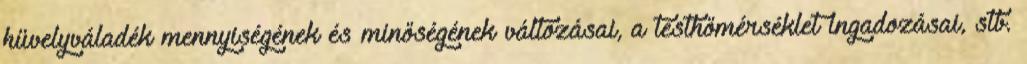
hüvelyváladék mennyiségének és minőségének változásai, a testhőmérséklet ingadozásai, stb.